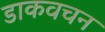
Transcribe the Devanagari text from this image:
डाकवचन